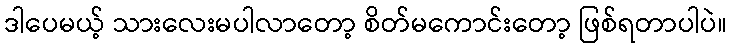
ဒါပေမယ့် သားလေးမပါလာတော့ စိတ်မကောင်းတော့ ဖြစ်ရတာပါပဲ။